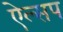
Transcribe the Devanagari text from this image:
ऐल्सप